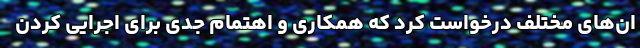
ان‌های مختلف درخواست کرد که همکاری و اهتمام جدی برای اجرایی کردن